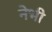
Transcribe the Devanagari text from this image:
नेभी